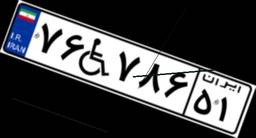
۷۶W۷۸۶۵۱